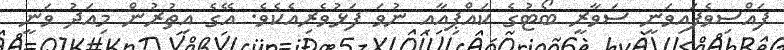
ފައްސިވެފައިވަނީ ސަވާރީ ބޯޓުގެ ކައްޕިއާއި ނުވަ ފަޅުވެރިއެކެވެ. އޭގެ އިތުރުން މިއަދު ވަނީ